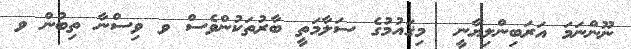
ނޫންނަަމަ އަރަބިންލިޔާނީ  މިޤައުމުގެ ސަލާމަތީ ބާރުތަކުންވެސް ވ ވިސްނާ ތިބުން ވ